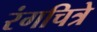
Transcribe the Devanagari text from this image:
रंगचित्रे